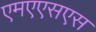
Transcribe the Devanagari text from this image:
एमएएसएस